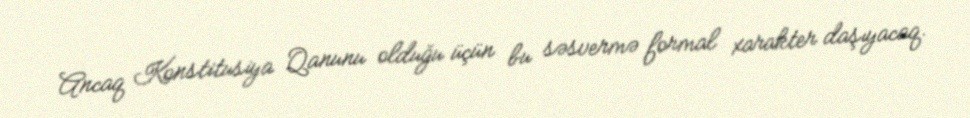
Ancaq Konstitusiya Qanunu olduğu üçün bu səsvermə formal xarakter daşıyacaq.